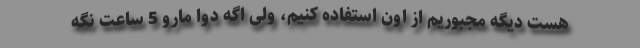
هست دیگه مجبوریم از اون استفاده کنیم، ولی اگه دوا مارو 5 ساعت نگه